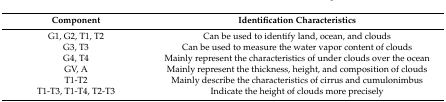
<table><thead><tr><td><b>Component</b></td><td><b>Identification Characteristics</b></td></tr></thead><tbody><tr><td>G1, G2, T1, T2</td><td>Can be used to identify land, ocean, and clouds</td></tr><tr><td>G3, T3</td><td>Can be used to measure the water vapor content of clouds</td></tr><tr><td>G4, T4</td><td>Mainly represent the characteristics of under clouds over the ocean</td></tr><tr><td>GV, A</td><td>Mainly represent the thickness, height, and composition of clouds</td></tr><tr><td>T1-T2</td><td>Mainly describe the characteristics of cirrus and cumulonimbus</td></tr><tr><td>T1-T3, T1-T4, T2-T3</td><td>Indicate the height of clouds more precisely</td></tr></tbody></table>